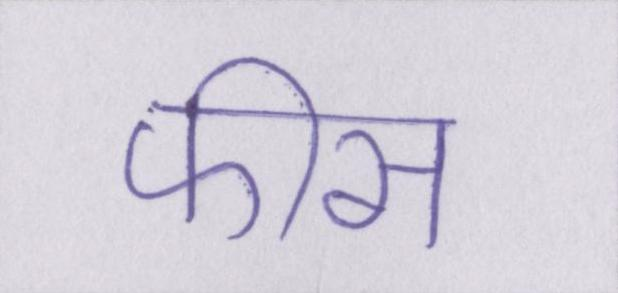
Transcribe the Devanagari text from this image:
फीस